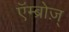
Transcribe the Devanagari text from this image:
एॅम्ब्रोज़्